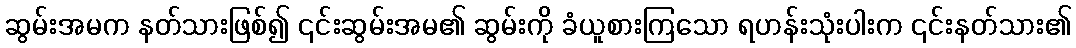
ဆွမ်းအမက နတ်သားဖြစ်၍ ၎င်းဆွမ်းအမ၏ ဆွမ်းကို ခံယူစားကြသော ရဟန်းသုံးပါးက ၎င်းနတ်သား၏